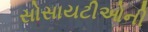
સોસાયટીઓની